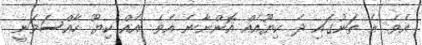
އެވެ. އެ ތަނުގައި ދެ ކިޔޫއެއް އޮންނާނެ އެވެ. އެއް ކިޔޫ ހާއްސަވަނީ